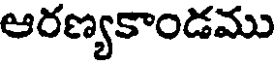
ఆరణ్యకాండము